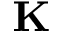
\mathbf { K }